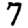
Digit: 7